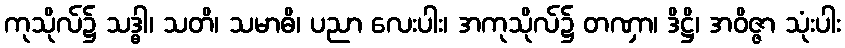
ကုသိုလ်၌ သဒ္ဓါ၊ သတိ၊ သမာဓိ၊ ပညာ လေးပါး၊ အကုသိုလ်၌ တဏှာ၊ ဒိဋ္ဌိ၊ အဝိဇ္ဇာ သုံးပါး